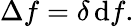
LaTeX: \Delta f=\delta\, \mathrm{d}f.